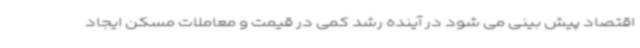
اقتصاد پیش بینی می شود در آینده رشد کمی در قیمت و معاملات مسکن ایجاد